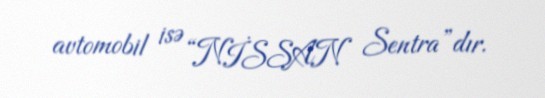
avtomobil isə “NİSSAN Sentra”dır.